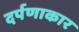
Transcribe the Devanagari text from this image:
दर्पणाकार